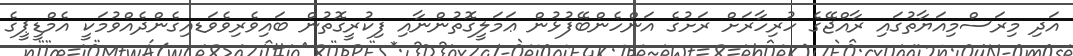
އަދި މިރަސްމިއަޔާތުގައި ރާއްޖޭގެ ހުރިހާރަށް ރަށުގެ އަންހެންބޭފުޅުން ޢަމަލީގޮތުންނާއި ފިކުރީގޮތުން ބައިވެރިވެވަޑއިގެންދެއްވުމަކީ އެމްޑީޕީގެ